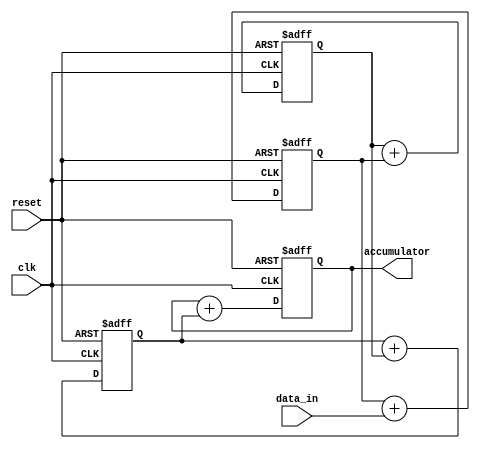
module cascaded_accumulator(
    input wire clk, //clock signal
    input wire reset, //reset signal
    input wire [7:0] data_in, //input data
    output reg [15:0] accumulator //output accumulated sum
);

reg [15:0] sum1, sum2, sum3, sum4;

always @ (posedge clk or posedge reset)
begin
    if (reset)
    begin
        sum1 <= 16'b0;
        sum2 <= 16'b0;
        sum3 <= 16'b0;
        sum4 <= 16'b0;
    end
    else
    begin
        sum1 <= sum1 + data_in;
        sum2 <= sum2 + sum1;
        sum3 <= sum3 + sum2;
        sum4 <= sum4 + sum3;
    end
end

assign accumulator = sum4;

endmodule